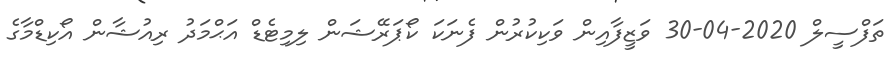
ތަފްސީލް 2020-04-30 ވަޒީފާއިން ވަކިކުރުން ފެނަކަ ކޯޕަރޭޝަން ލިމިޓެޑް އަޙްމަދު ރިއުޝާން އޯކިޑްމާގެ